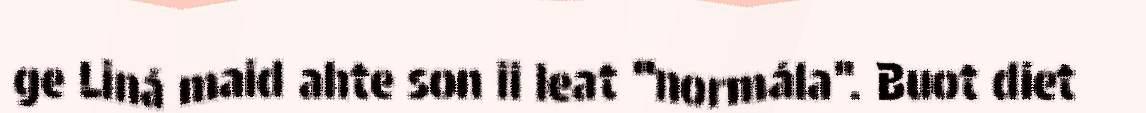
ge Liná maid ahte son ii leat “normála". Buot diet